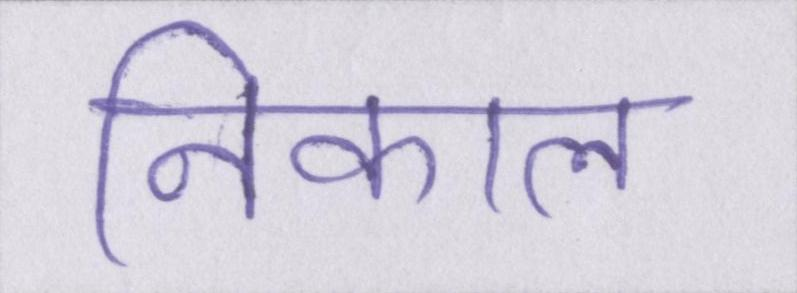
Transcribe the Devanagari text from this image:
निकाल